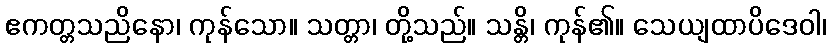
ဧကတ္တသညိနော၊ ကုန်သော။ သတ္တာ၊ တို့သည်။ သန္တိ၊ ကုန်၏။ သေယျထာပိဒေဝါ၊